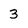
Character: 3